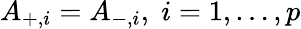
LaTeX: A_{+,i}=A_{-,i},\; i=1,\ldots,p